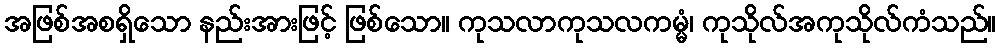
အဖြစ်အစရှိသော နည်းအားဖြင့် ဖြစ်သော။ ကုသလာကုသလကမ္မံ၊ ကုသိုလ်အကုသိုလ်ကံသည်။